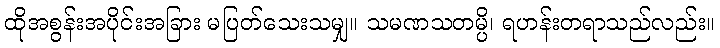
ထိုအစွန်းအပိုင်းအခြား မပြတ်သေးသမျှ။ သမဏသတမ္ပိ၊ ရဟန်းတရာသည်လည်း။